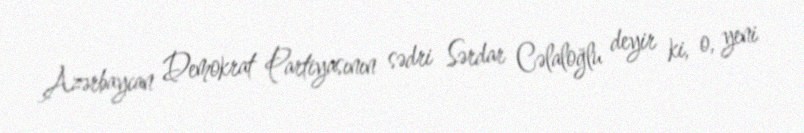
Azərbaycan Demokrat Partiyasının sədri Sərdar Cəlaloğlu deyir ki, o, yeni